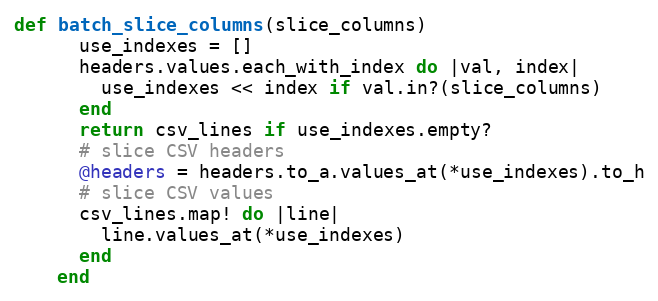
Language: Ruby
def batch_slice_columns(slice_columns)
      use_indexes = []
      headers.values.each_with_index do |val, index|
        use_indexes << index if val.in?(slice_columns)
      end
      return csv_lines if use_indexes.empty?
      # slice CSV headers
      @headers = headers.to_a.values_at(*use_indexes).to_h
      # slice CSV values
      csv_lines.map! do |line|
        line.values_at(*use_indexes)
      end
    end